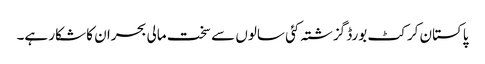
پاکستان کرکٹ بورڈ گزشتہ کئی سالوں سے سخت مالی بحران کا شکار ہے۔